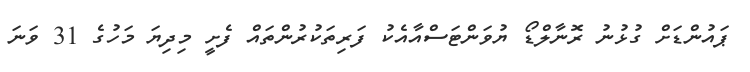
ޕައުންޑަށް ގުޅުނު ރޮނާލްޑޯ ޔުވަންޓަސްއާއެކު ފަރިތަކުރުންތައް ފެށީ މިދިޔަ މަހުގެ 31 ވަނަ